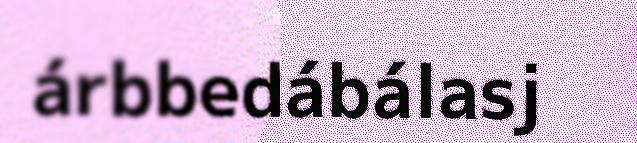
árbbedábálasj